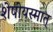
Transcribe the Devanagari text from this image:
शेषोयस्मात्